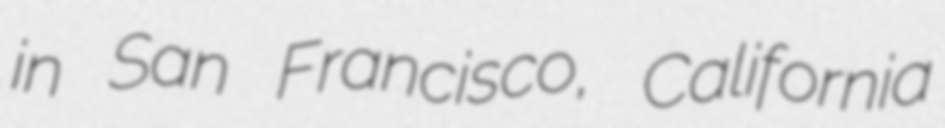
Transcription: in San Francisco, California